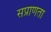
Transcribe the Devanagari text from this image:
सप्राणता